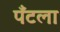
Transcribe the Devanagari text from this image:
पँटला